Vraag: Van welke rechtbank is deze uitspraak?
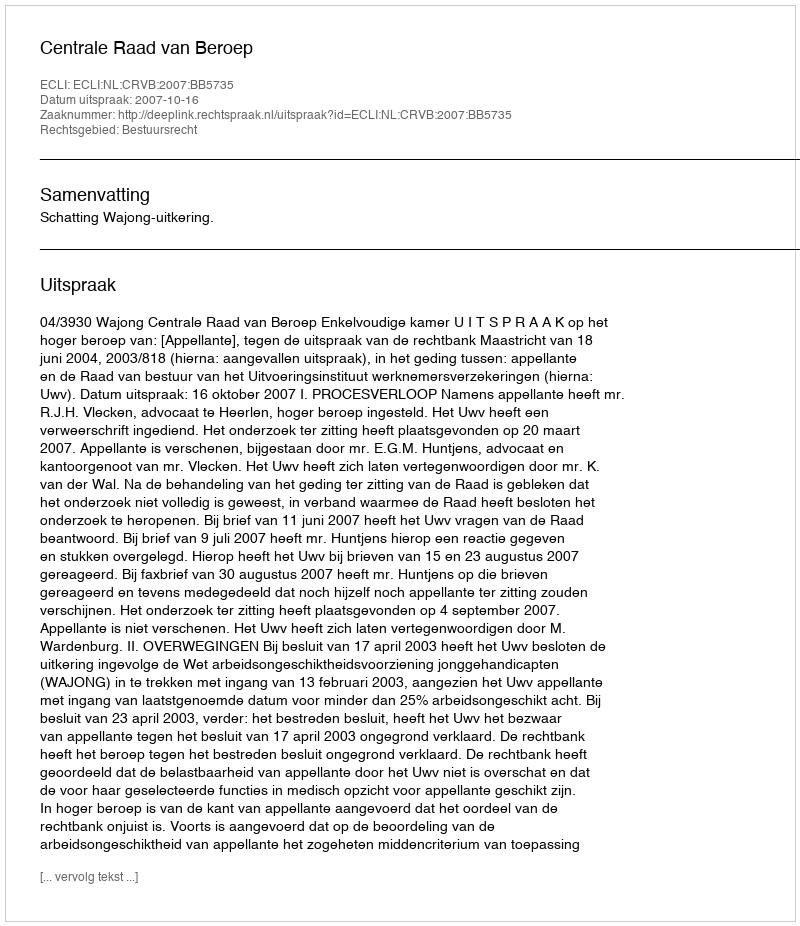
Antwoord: Centrale Raad van Beroep